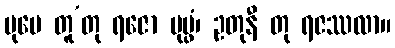
ပုမေ တူ’တု ရဇော ပုပ္ဖံ၊ ဥတုနီ တု ရဇဿလာ။